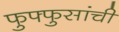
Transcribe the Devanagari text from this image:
फुफ्फुसांची